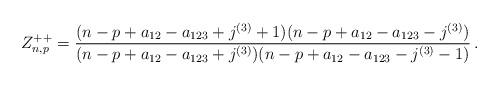
LaTeX: \begin{align*} Z^{++}_{n,p}=\frac{(n-p+a_{12}-a_{123}+j^{(3)}+1)(n-p+a_{12}-a_{123}-j^{(3)})}{(n-p+a_{12}-a_{123}+j^{(3)})(n-p+a_{12}-a_{123}-j^{(3)}-1)}\,.\end{align*}